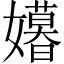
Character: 𫲍